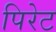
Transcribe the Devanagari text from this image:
पिरेट